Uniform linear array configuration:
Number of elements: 16
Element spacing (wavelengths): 0.75
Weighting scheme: hann
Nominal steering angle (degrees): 60
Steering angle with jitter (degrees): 61.143
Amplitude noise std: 0.05
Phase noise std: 0.05

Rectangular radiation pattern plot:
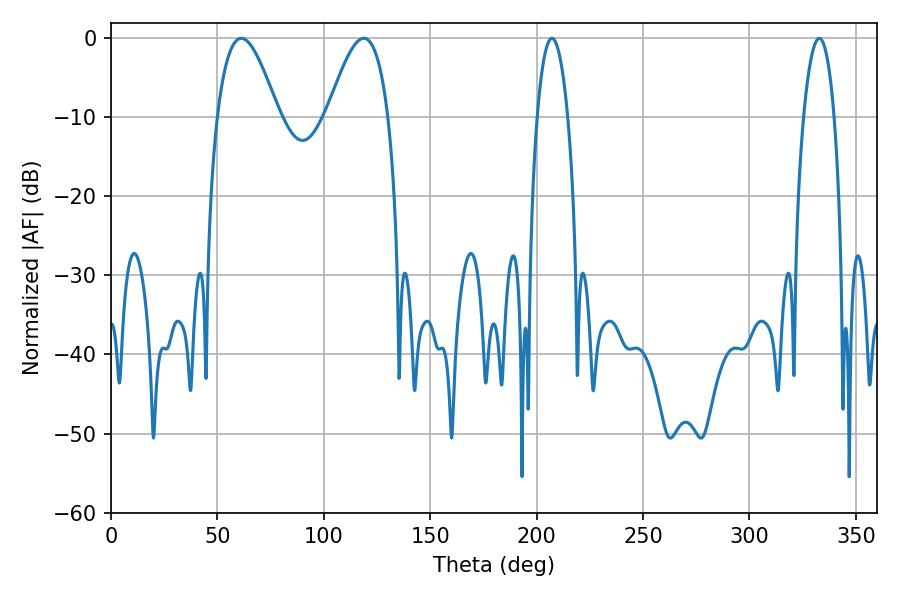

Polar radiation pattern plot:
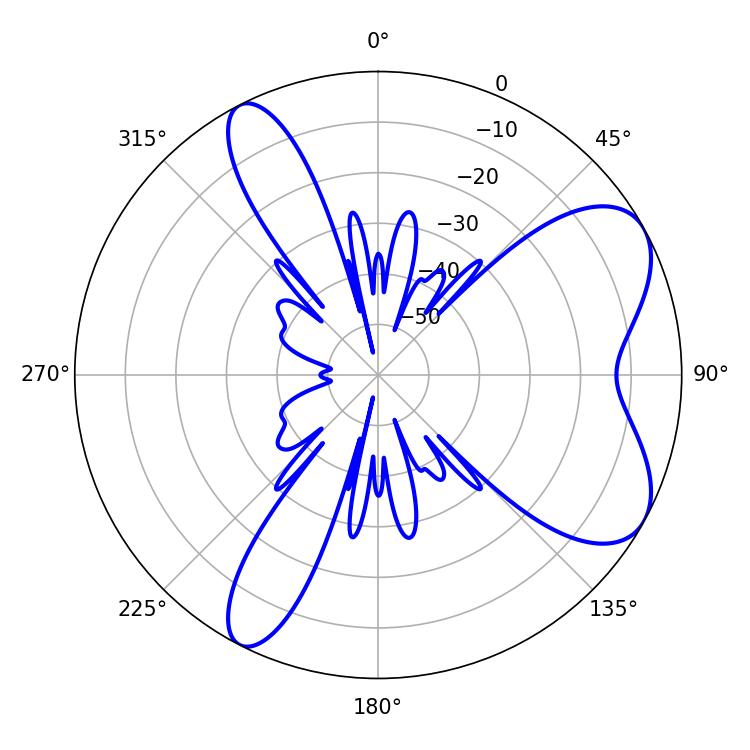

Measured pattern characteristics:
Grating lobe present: TRUE
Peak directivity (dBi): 6.974
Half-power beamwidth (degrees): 8.1
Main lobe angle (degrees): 207.18